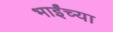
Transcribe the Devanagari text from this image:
भाईंच्या